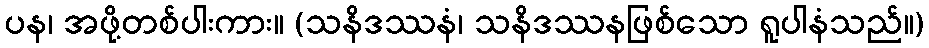
ပန၊ အဖို့တစ်ပါးကား။ (သနိဒဿနံ၊ သနိဒဿနဖြစ်သော ရူပါနံသည်။)